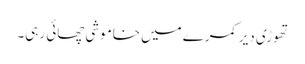
تھوڑی دیر کمرے میں خاموشی چھائی رہی۔